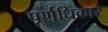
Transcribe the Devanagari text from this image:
पूर्णधिकार